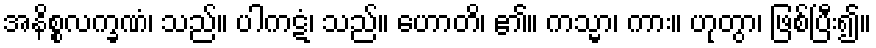
အနိစ္စလက္ခဏံ၊ သည်။ ပါကဋံ၊ သည်။ ဟောတိ၊ ၏။ ကသ္မာ၊ ကား။ ဟုတွာ၊ ဖြစ်ပြီး၍။